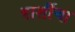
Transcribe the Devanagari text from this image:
बार्शीचा